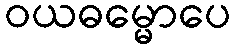
ဝယဓမ္မောပေ